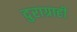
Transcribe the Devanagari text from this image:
दुराग्राही